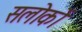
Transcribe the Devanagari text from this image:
सलोकों